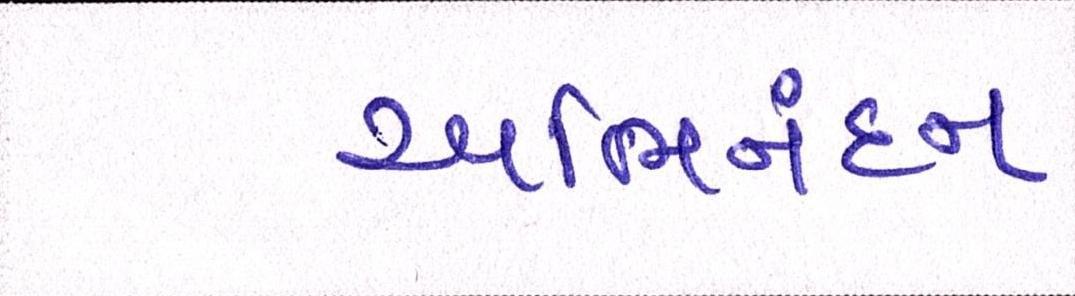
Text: અભિનંદન